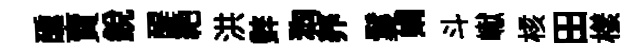
醺賣銳醍絶洪辤狗养鬘娟斗𪩘核田樣